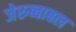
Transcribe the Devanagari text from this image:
जेरुब्बाबल